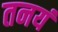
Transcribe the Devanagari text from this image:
तनयं